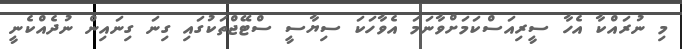
މި ނުރައްކާ އެހާ ސީރިއަސްކަމަށްވާނަމަ އެވާހަކަ ސިޔާސީ ސްޓޭޖްތަކުގައި ގިނަ ގިނައިން ނުދެއްކެނީ